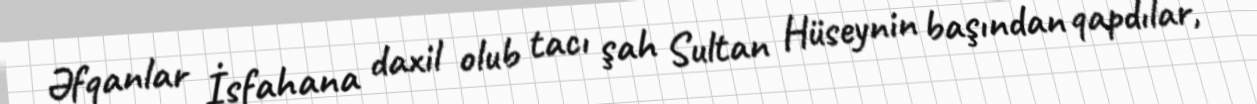
Əfqanlar İsfahana daxil olub tacı şah Sultan Hüseynin başından qapdılar,